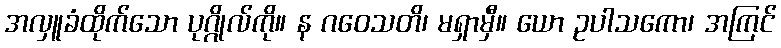
အလှူခံထိုက်သော ပုဂ္ဂိုလ်ကို။ န ဂဝေသတိ၊ မရှာမှီ။ ယော ဥပါသကော၊ အကြင်